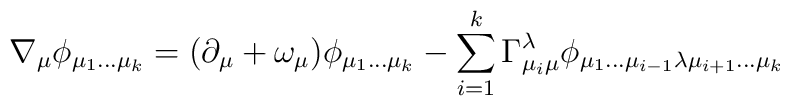
\nabla_{\mu}\phi_{\mu_1\dots\mu_k} = (\partial_{\mu} + \omega_{\mu})\phi_{\mu_1\dots\mu_k} - \sum_{i=1}^{k}\Gamma_{\mu_{i}\mu}^{\lambda} \phi_{\mu_1\dots\mu_{i-1}\lambda\mu_{i+1}\dots\mu_k}